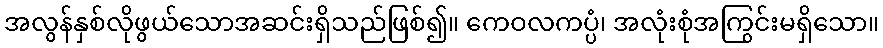
အလွန်နှစ်လိုဖွယ်သောအဆင်းရှိသည်ဖြစ်၍။ ကေဝလကပ္ပံ၊ အလုံးစုံအကြွင်းမရှိသော။